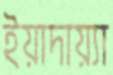
ইয়াদায়্যা